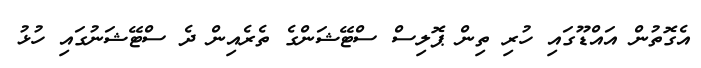
އެގޮތުން އައްޑޫގައި ހުރި ތިން ޕޮލިސް ސްޓޭޝަންގެ ތެރެއިން ދެ ސްޓޭޝަނުގައި ހުޅު